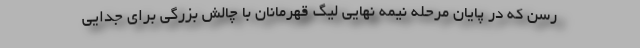
رسن که در پایان مرحله نیمه نهایی لیگ قهرمانان با چالش بزرگی برای جدایی